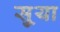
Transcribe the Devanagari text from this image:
सु्या